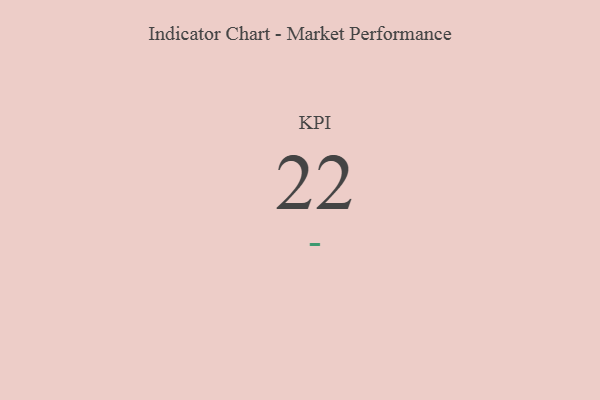
{"axis": {"x": "KPI", "y": "Value"}, "legend": [""], "data": [{"x": "KPI", "y": 22, "type": ""}]}